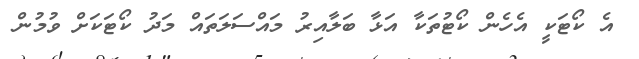
އެ ކޯޓަކީ އެހެން ކޯޓުތަކާ އަޅާ ބަލާއިރު މައްސަލަތައް މަދު ކޯޓަކަށް ވުމުން